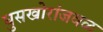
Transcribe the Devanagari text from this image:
घुसखोरांजवळ